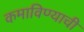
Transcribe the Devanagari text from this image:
कमाविण्याची